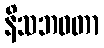
နိသဘဝတာ